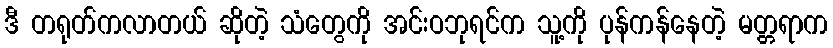
ဒီ တရုတ်ကလာတယ် ဆိုတဲ့ သံတွေကို အင်းဝဘုရင်က သူ့ကို ပုန်ကန်နေတဲ့ မတ္တရာက